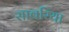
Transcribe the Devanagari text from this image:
सावरिया